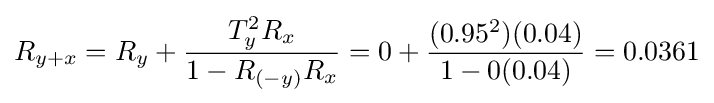
R_{y+x}=R_{y}+{\frac {T_{y}^{2}R_{x}}{1-R_{(-y)}R_{x}}}=0+{\frac {(0.95^{2})(0.04)}{1-0(0.04)}}=0.0361